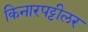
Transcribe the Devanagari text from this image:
किनारपट्टीलर